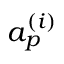
a _ { p } ^ { ( i ) }